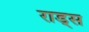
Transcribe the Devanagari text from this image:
राड्स